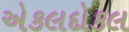
એકલદોકલ